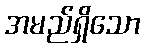
အမည်ရှိသော